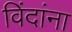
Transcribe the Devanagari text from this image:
विंदांना